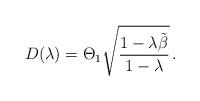
LaTeX: \begin{align*} D(\lambda)=\Theta_1\sqrt{\dfrac{1-\lambda\tilde\beta}{1-\lambda}}\,.\end{align*}